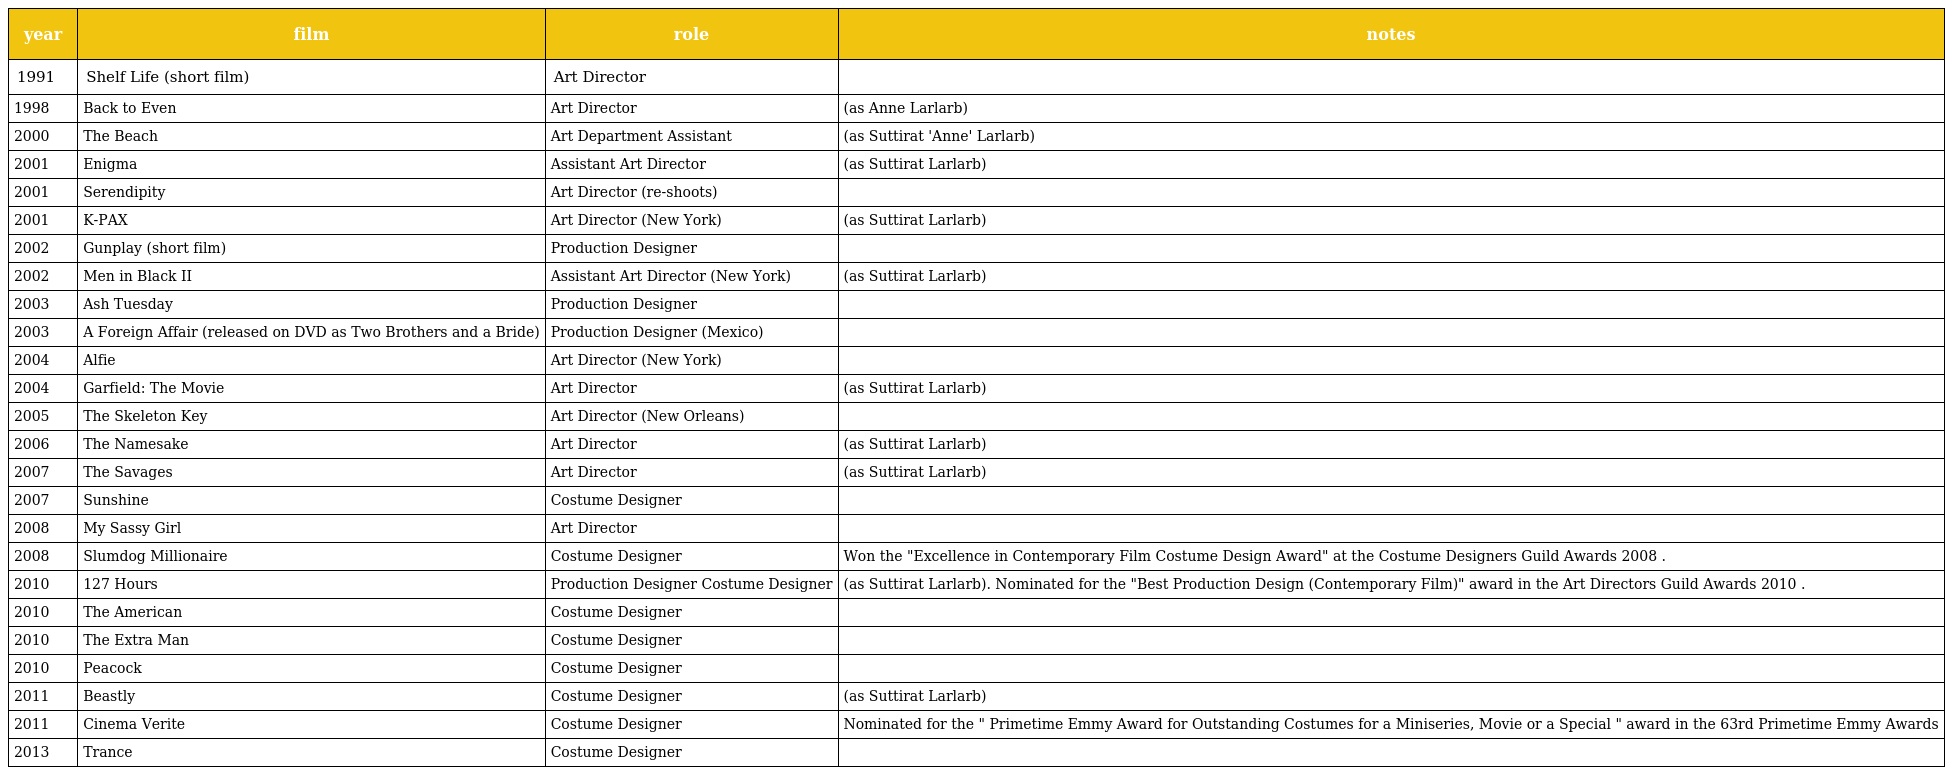
| year | film | role | notes |
 | --- | --- | --- | --- |
 | 1991 | Shelf Life (short film) | Art Director |  |
 | 1998 | Back to Even | Art Director | (as Anne Larlarb) |
 | 2000 | The Beach | Art Department Assistant | (as Suttirat 'Anne' Larlarb) |
 | 2001 | Enigma | Assistant Art Director | (as Suttirat Larlarb) |
 | 2001 | Serendipity | Art Director (re-shoots) |  |
 | 2001 | K-PAX | Art Director (New York) | (as Suttirat Larlarb) |
 | 2002 | Gunplay (short film) | Production Designer |  |
 | 2002 | Men in Black II | Assistant Art Director (New York) | (as Suttirat Larlarb) |
 | 2003 | Ash Tuesday | Production Designer |  |
 | 2003 | A Foreign Affair (released on DVD as Two Brothers and a Bride) | Production Designer (Mexico) |  |
 | 2004 | Alfie | Art Director (New York) |  |
 | 2004 | Garfield: The Movie | Art Director | (as Suttirat Larlarb) |
 | 2005 | The Skeleton Key | Art Director (New Orleans) |  |
 | 2006 | The Namesake | Art Director | (as Suttirat Larlarb) |
 | 2007 | The Savages | Art Director | (as Suttirat Larlarb) |
 | 2007 | Sunshine | Costume Designer |  |
 | 2008 | My Sassy Girl | Art Director |  |
 | 2008 | Slumdog Millionaire | Costume Designer | Won the "Excellence in Contemporary Film Costume Design Award" at the Costume Designers Guild Awards 2008 . |
 | 2010 | 127 Hours | Production Designer Costume Designer | (as Suttirat Larlarb). Nominated for the "Best Production Design (Contemporary Film)" award in the Art Directors Guild Awards 2010 . |
 | 2010 | The American | Costume Designer |  |
 | 2010 | The Extra Man | Costume Designer |  |
 | 2010 | Peacock | Costume Designer |  |
 | 2011 | Beastly | Costume Designer | (as Suttirat Larlarb) |
 | 2011 | Cinema Verite | Costume Designer | Nominated for the " Primetime Emmy Award for Outstanding Costumes for a Miniseries, Movie or a Special " award in the 63rd Primetime Emmy Awards |
 | 2013 | Trance | Costume Designer |  |